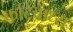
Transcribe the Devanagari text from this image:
कटिबाध्य